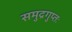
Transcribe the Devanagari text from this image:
समुद्रगुप्तः